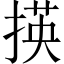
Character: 𢰶